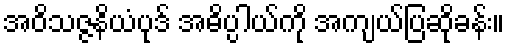
အဝိသဇ္ဇနိယံပုဒ် အဓိပ္ပါယ်ကို အကျယ်ပြဆိုခန်း။